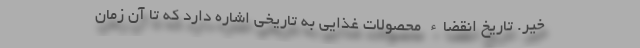
خیر. تاریخ انقضاء محصولات غذایی به تاریخی اشاره دارد که تا آن زمان